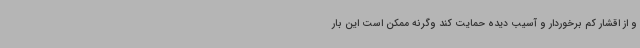
و از اقشار کم برخوردار و آسیب دیده حمایت کند وگرنه ممکن است این بار